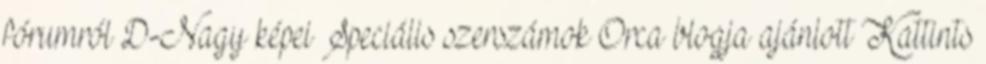
fórumról D-Nagy képei Speciális szerszámok Orca blogja ajánlott Kattints